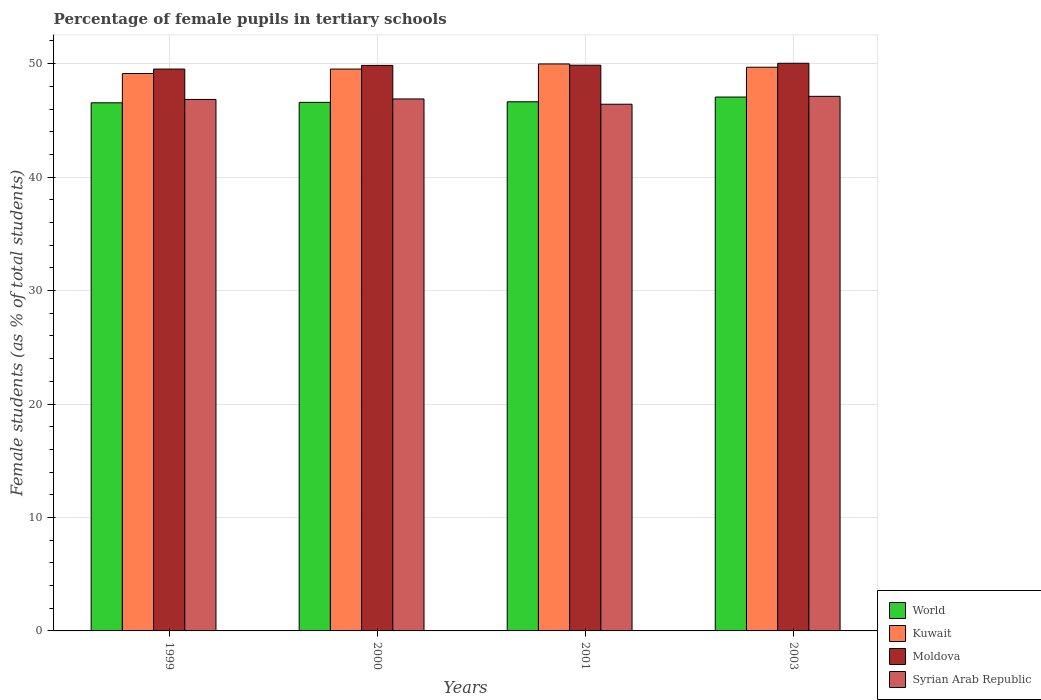
| Years | World | Kuwait | Moldova | Syrian Arab Republic |
 | --- | --- | --- | --- | --- |
 | 1999 | 46.5 | 49.1 | 49.5 | 46.8 |
 | 2000 | 46.6 | 49.5 | 49.8 | 46.9 |
 | 2001 | 46.6 | 50 | 49.9 | 46.4 |
 | 2003 | 47.1 | 49.7 | 50 | 47.1 |